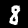
Label: 8